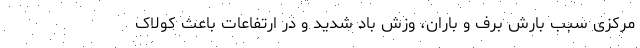
مرکزی سبب بارش برف و باران، وزش باد شدید و در ارتفاعات باعث کولاک